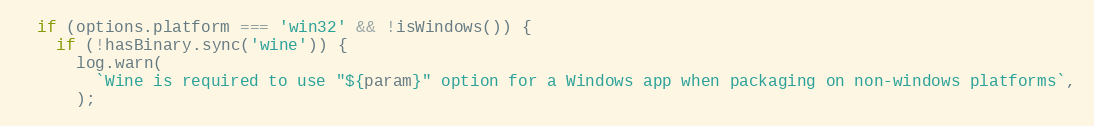
Language: JavaScript
  if (options.platform === 'win32' && !isWindows()) {
    if (!hasBinary.sync('wine')) {
      log.warn(
        `Wine is required to use "${param}" option for a Windows app when packaging on non-windows platforms`,
      );